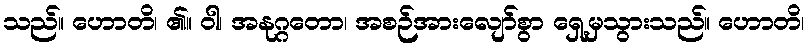
သည်။ ဟောတိ၊ ၏။ ဝါ၊ အနုဂ္ဂတော၊ အစဉ်အားလျော်စွာ ရှေ့မှသွားသည်။ ဟောတိ၊